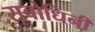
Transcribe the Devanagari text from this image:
सूबोधिनी